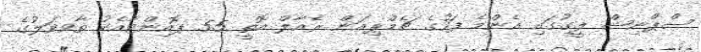
ސްޕްނިޝް ލީގުގައި އެންމެ ފަހުގެ ޗެމްޕިއަން ރެއާލް އޮތީ 55 ޕޮއިންޓާއެކު ތާވވަލުގެ